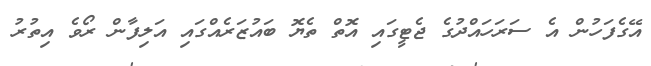
އޭގެފަހުން އެ ސަރަހައްދުގެ ޖެޓީގައި އޮތް ތެޔޮ ބައުޒަރެއްގައި އަލިފާން ރޯވެ އިތުރު